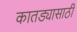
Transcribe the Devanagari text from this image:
कातड्यासाठी